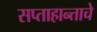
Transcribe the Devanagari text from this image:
सप्ताहान्ताचे